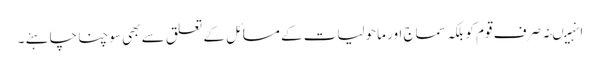
انہیںنہ صرف قوم کو بلکہ سماج اور ماحولیات کے مسائل کے تعلق سے بھی سوچنا چاہئے ۔